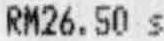
RM26.50 S